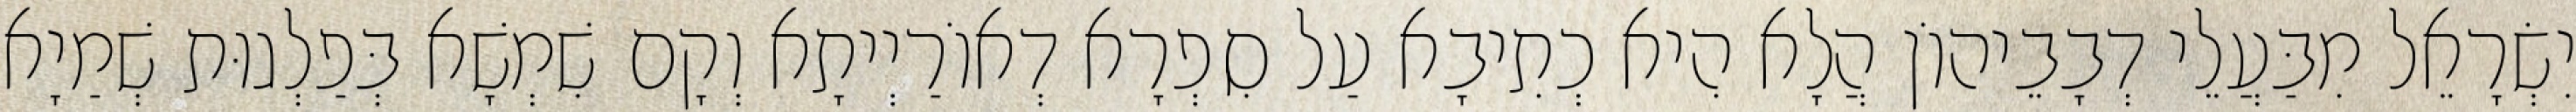
יִשְׂרָאֵל מִבַּעֲלֵי דְבָבֵיהוֹן הֲלָא הִיא כְתִיבָא עַל סִפְרָא דְאוֹרַיְיתָא וְקָם שִׁמְשָׁא בְּפַלְגוּת שְׁמַיָא